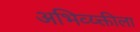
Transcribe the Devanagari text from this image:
अभिव्य्क्तीला